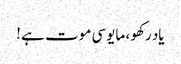
یاد رکھو ، مایوسی موت ہے ‫!